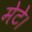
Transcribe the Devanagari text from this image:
मेटे।